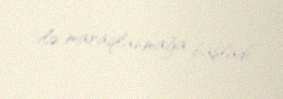
ilə maraqlanmağa başladı.